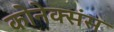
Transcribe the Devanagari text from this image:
कोनेक्संस